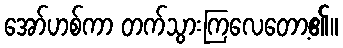
အော်ဟစ်ကာ တက်သွားကြလေတော့၏။